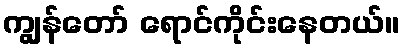
ကျွန်တော် ရောင်ကိုင်းနေတယ်။